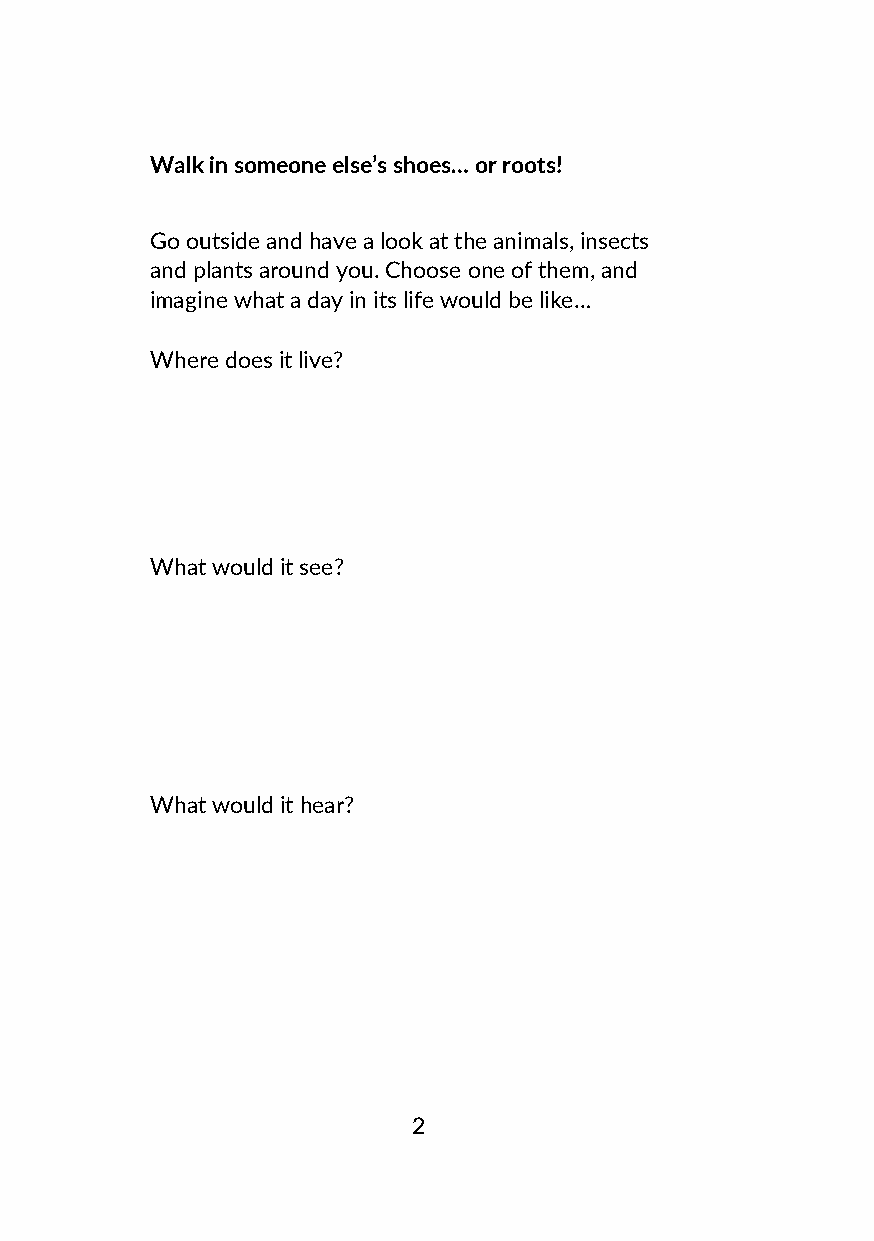
Walk in someone else’s shoes… or roots!
 Go outside and have a look at the animals, insects
 and plants around you. Choose one of them, and
 imagine what a day in its life would be like…
 Where does it live?
 What would it see?
 What would it hear?
 2